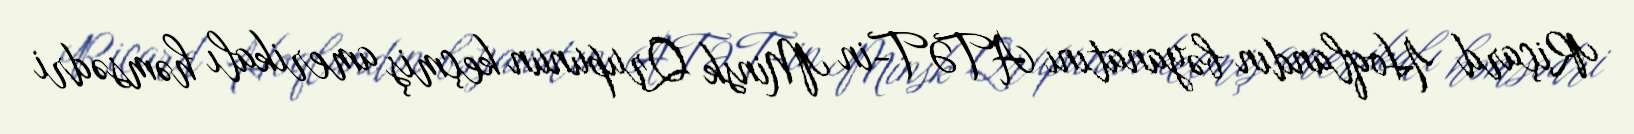
Riçard Hoqlandın bəyanatını ATƏT-in Minsk Qrupunun keçmiş amerikalı həmsədri